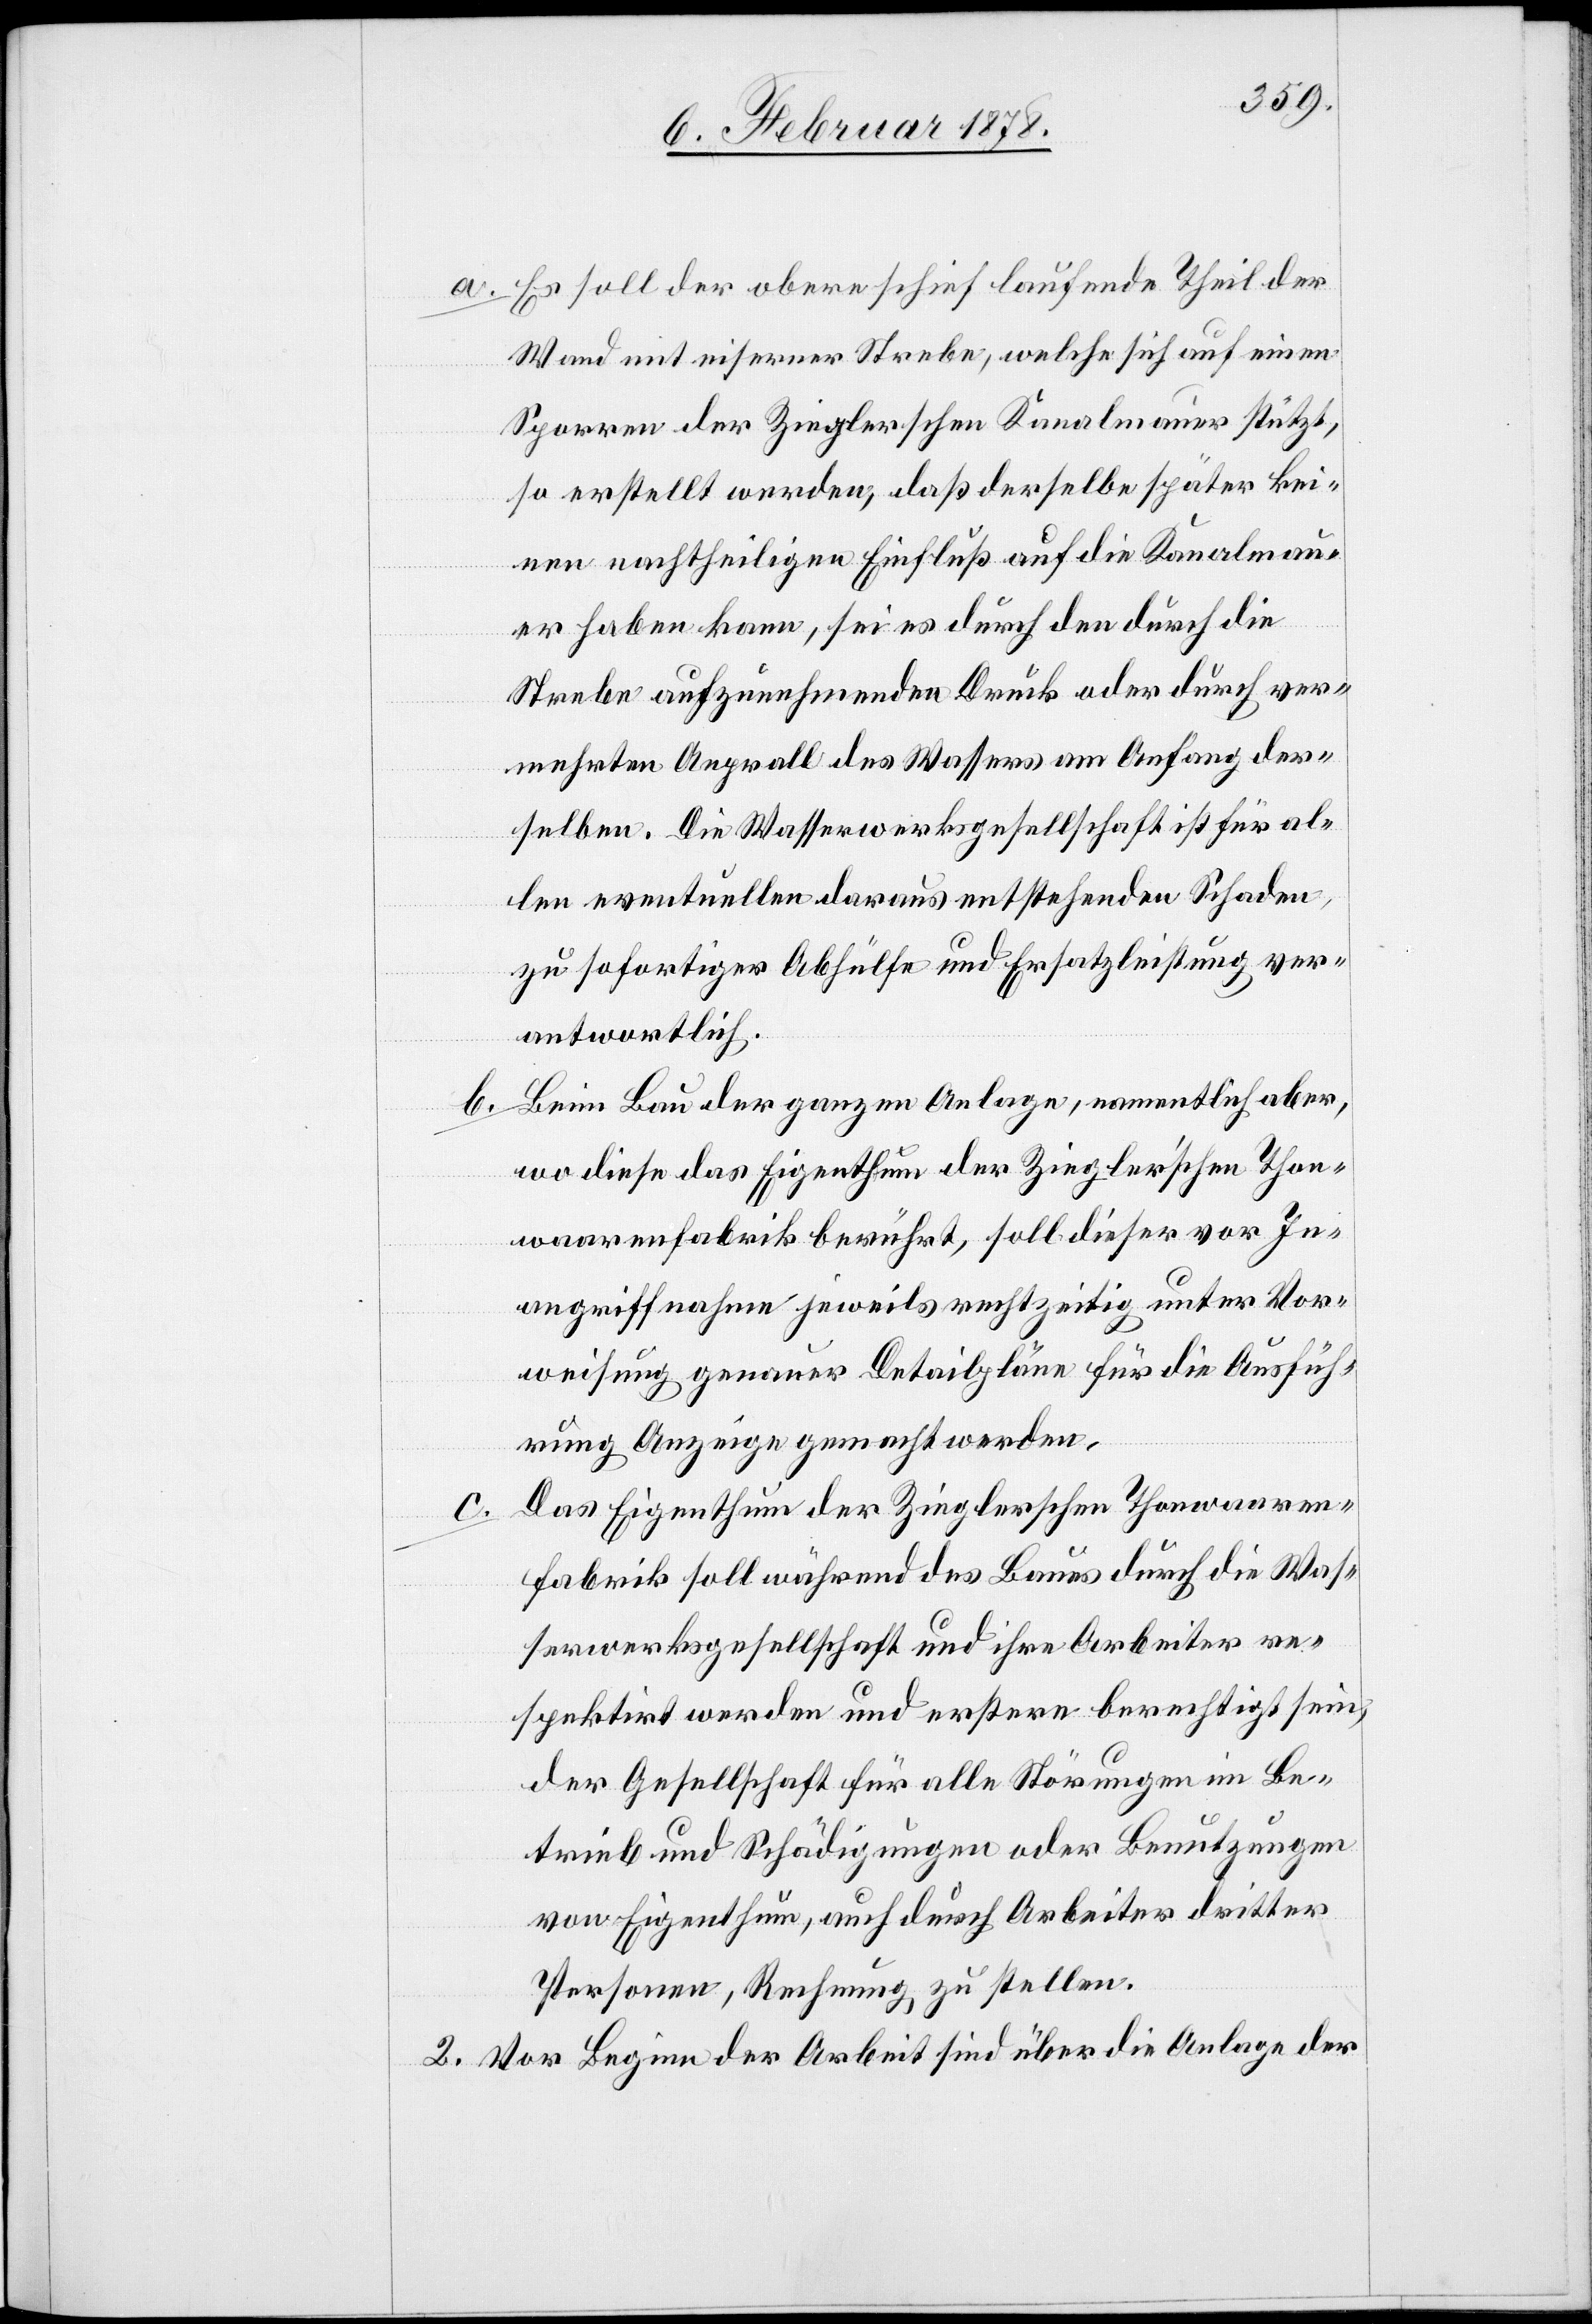
b.

a. Es soll der obere schief laufende Theil der
Wand mit eiserner Strebe, welche sich auf einen
Sporren der Zieglerschen Kanalmauer stützt,
so erstellt werden, daß derselbe später kei¬
nen nachtheiligen Einfluß auf die Kanalmau¬
er haben kann, sei es durch den durch die
Strebe aufzunehmenden Druck oder durch ver¬
mehrten Anprall des Wassers am Anfang der¬
selben. Die Wasserwerksgesellschaft ist für al¬
len eventuellen daraus entstehenden Schaden
zu sofortiger Abhülfe und Ersatzleistung ver¬
antwortlich.
Beim Bau der ganzen Anlage, namentlich aber,
wo diese das Eigenthum der Ziegler’schen Thon¬
waarenfabrik berührt, soll dieser vor In¬
angriffnahme jeweils rechtzeitig unter Vor¬
weisung genauer Detailpläne für die Ausfüh¬
rung Anzeige gemacht werden.
Das Eigenthum der Zieglerschen Thonwaaren¬
fabrik soll während des Baues durch die Was¬
serwerksgesellschaft und ihre Arbeiter re¬
spektirt werden und erstere berechtigt sein,
der Gesellschaft für alle Störungen im Be¬
trieb und Schädigungen oder Benutzungen
von Eigenthum, auch durch Arbeiter dritter
Personen, Rechnung zu stellen.
2. Vor Beginn der Arbeit sind über die Anlage der